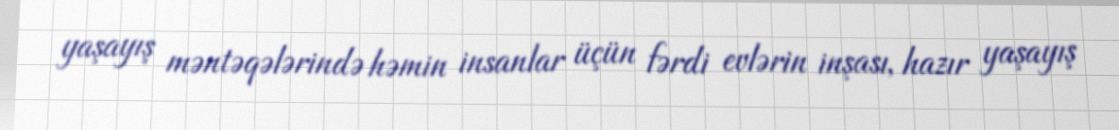
yaşayış məntəqələrində həmin insanlar üçün fərdi evlərin inşası, hazır yaşayış